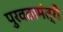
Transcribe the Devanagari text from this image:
पुरवठामंत्री